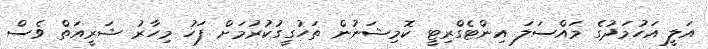
އަލީ އަހުމަދުގެ މައްސަލަ އިންޓެގްރިޓީ ކޮމިޝަނުން ތަހުގީގުކުރުމަށް ފަހު މިހާރު ޝަރީއަތް ވެސް